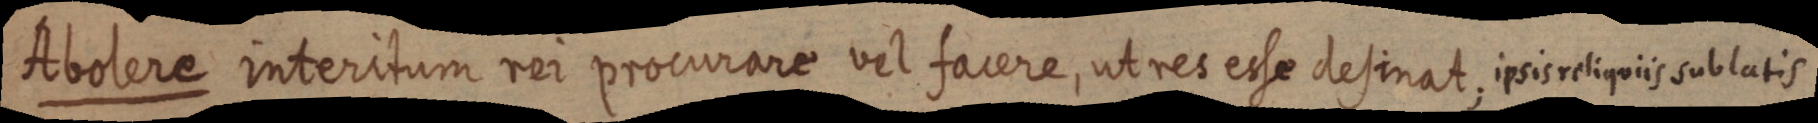
Abolere interitum rer prociorare vil facere, ut ret erse desinat, ixiorclpeis sublatis